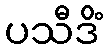
ပသီဒိံ